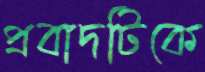
প্রবাদটিকে